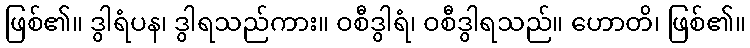
ဖြစ်၏။ ဒွါရံပန၊ ဒွါရသည်ကား။ ဝစီဒွါရံ၊ ဝစီဒွါရသည်။ ဟောတိ၊ ဖြစ်၏။